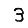
Digit: 3